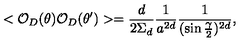
< { \cal O } _ { D } ( \theta ) { \cal O } _ { D } ( \theta ^ { \prime } ) > = { \frac { d } { 2 \Sigma _ { d } } } { \frac { 1 } { a ^ { 2 d } } } { \frac { 1 } { ( \sin { \frac { \gamma } { 2 } } ) ^ { 2 d } } } ,